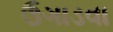
ઉગાડવા